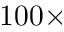
1 0 0 \times